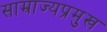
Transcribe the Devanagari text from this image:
साम्राज्यप्रमुख